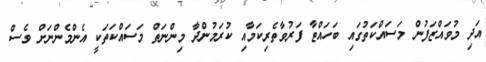
އަދި މުވައްޒަފުން މަސައްކަތުގައި ބަހައްޓާ ފަރުވާތެރިކަމާއި ކުރަމުންދާ މިންނަތް މަސައްކަތަކީ އެންމެންނަށް ވެސް